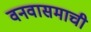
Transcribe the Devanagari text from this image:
वनवासमाची